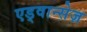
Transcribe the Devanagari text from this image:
एड्वान्सेज़